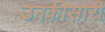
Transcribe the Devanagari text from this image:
उनकीसारी